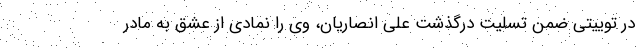
در توییتی ضمن تسلیت درگذشت علی انصاریان، وی را نمادی از عشق به مادر